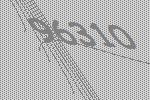
96310